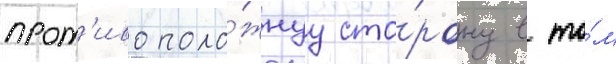
прот'ивополо́жнуу сто́рону в то́м